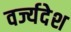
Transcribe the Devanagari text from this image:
वर्ज्यदेश